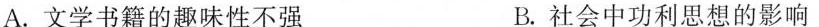
A.文学书籍的趣味性不强 B.社会中功利思想的影响